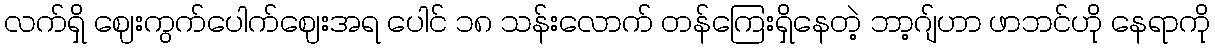
လက်ရှိ ဈေးကွက်ပေါက်ဈေးအရ ပေါင် ၁၈ သန်းလောက် တန်ကြေးရှိနေတဲ့ ဘာ့ဂျ်ဟာ ဖာဘင်ဟို နေရာကို